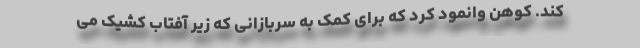
کند. کوهن وانمود کرد که برای کمک به سربازانی که زیر آفتاب کشیک می